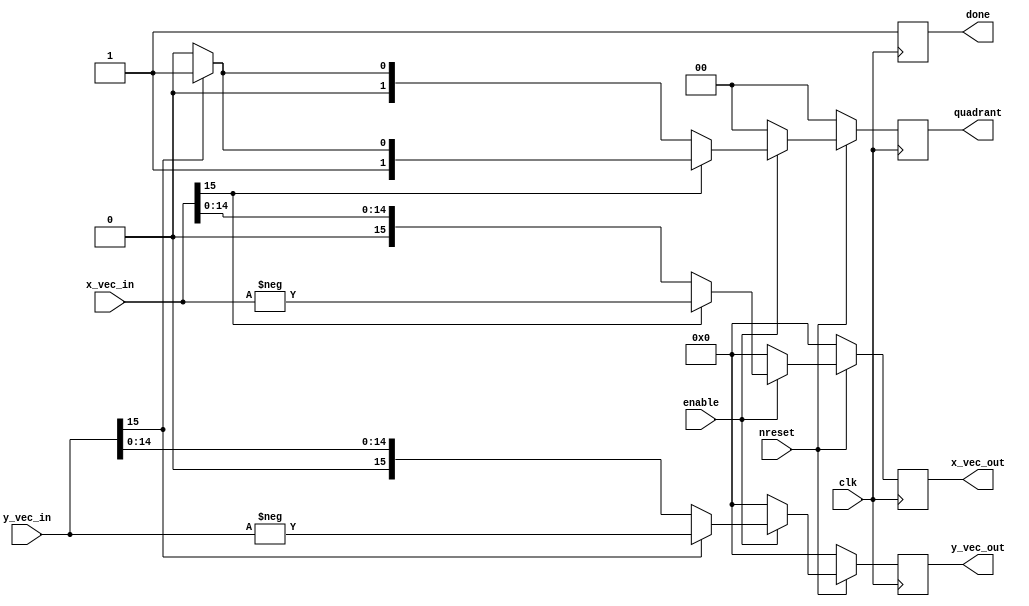
`timescale 1ns / 1ps

module vectoring_quadrant_init#(parameter data_width=16)(
    input clk,
    input enable,
    input nreset,
    input signed [data_width-1:0] x_vec_in,
    input signed [data_width-1:0] y_vec_in,
    
    output reg done,
    output reg signed [data_width-1:0] x_vec_out,
    output reg signed [data_width-1:0] y_vec_out,
    output reg [1:0]quadrant
    );
    
    always @(posedge clk) begin
        if (~nreset) begin
            x_vec_out <= {data_width{1'b0}};
            y_vec_out <= {data_width{1'b0}};
            quadrant <= 2'b00;
            done <= 1'b1;
        end
        else begin
            if (enable) begin
                if (x_vec_in[data_width-1]==1'b1) begin
                    if (y_vec_in[data_width-1]==1'b1) begin
                        x_vec_out <= -x_vec_in;
                        y_vec_out <= -y_vec_in;
                        quadrant <= 2'b11;
                    end
                    else begin
                        x_vec_out <= -x_vec_in;
                        y_vec_out <= y_vec_in;
                        quadrant <= 2'b10;
                    end
                end
                else begin
                    if (y_vec_in[data_width-1]==1'b1) begin
                        x_vec_out <= x_vec_in;
                        y_vec_out <= -y_vec_in;
                        quadrant <= 2'b01;
                    end
                    else begin
                        x_vec_out <= x_vec_in;
                        y_vec_out <= y_vec_in;
                        quadrant <= 2'b00;
                    end
                end
                done <= 1'b1;
            end
            else begin
                x_vec_out <= {data_width{1'b0}};
                y_vec_out <= {data_width{1'b0}};
                quadrant <= 2'b00;
                done <= 1'b1;
            end
        end
    end
endmodule